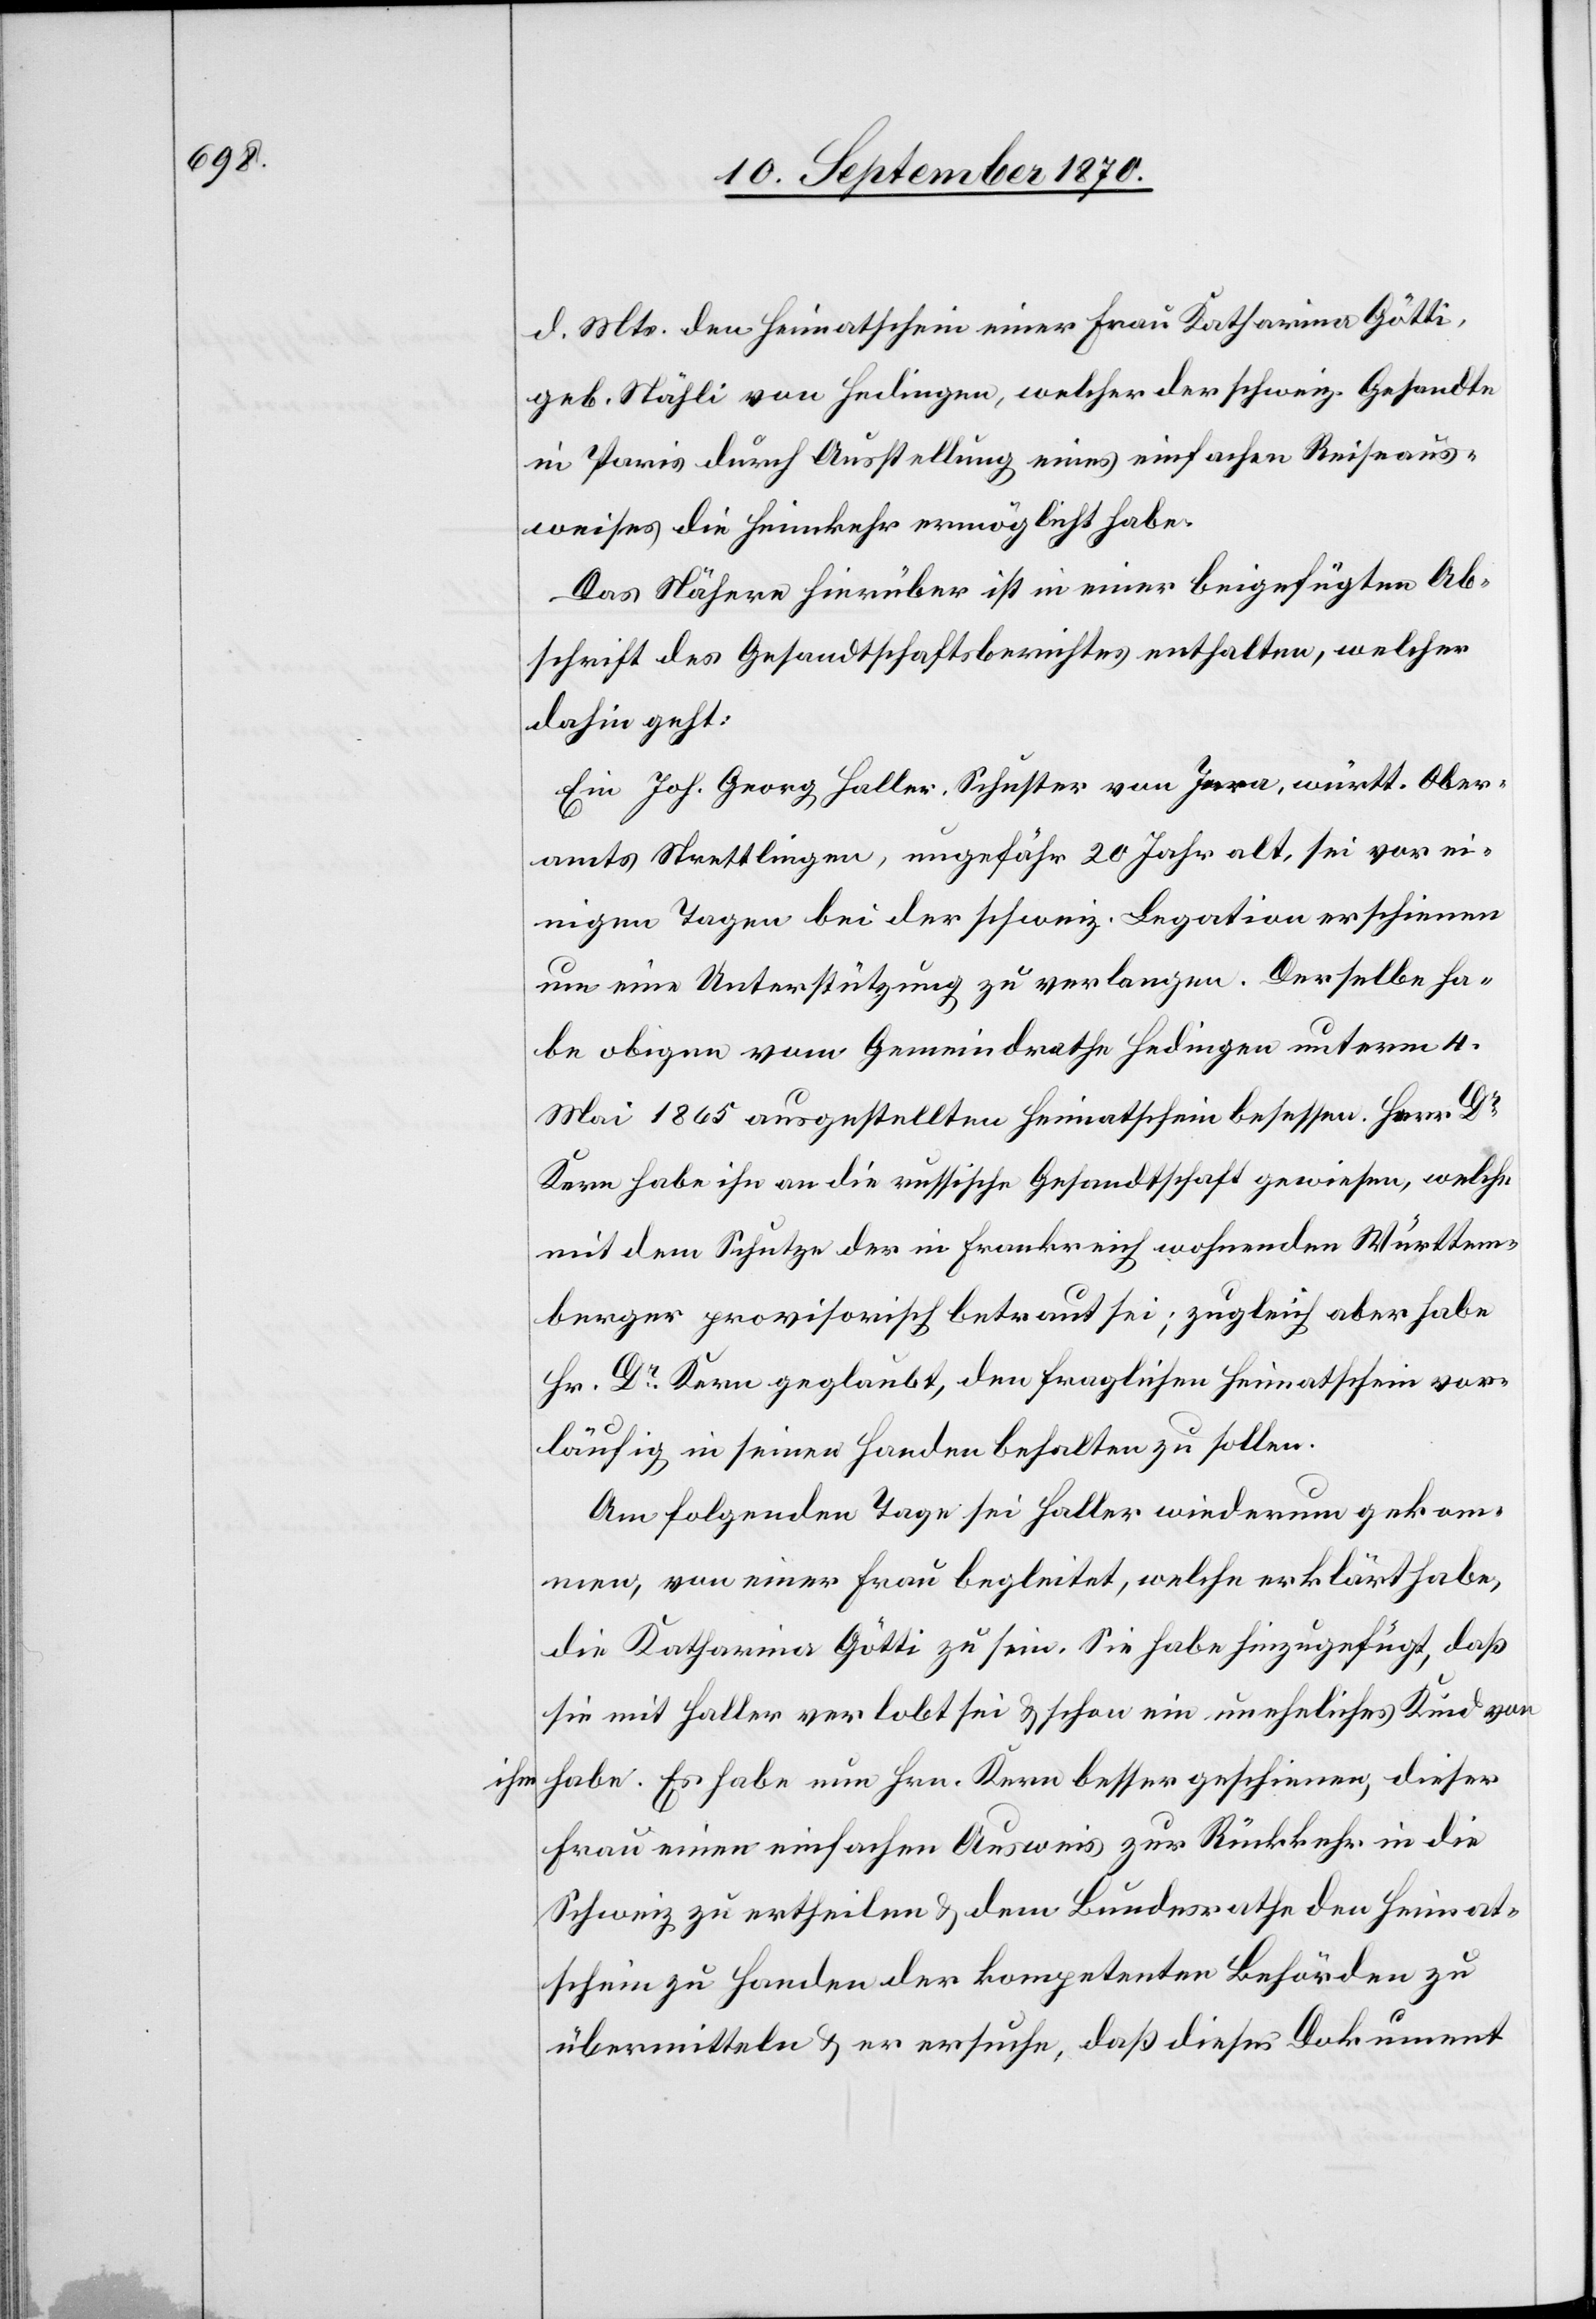
ihm

d. Mts. den Heimatschein einer Frau Katharina Götti,
geb. Stähli von Hedingen, welcher der schweiz. Gesandte
in Paris durch Ausstellung eines einfachen Reiseaus¬
weises die Heimkehr ermöglicht habe.
Das Nähere hierüber ist in einer beigefügten Ab¬
schrift des Gesandtschaftsberichtes enthalten, welcher
dahin geht:
Ein Joh. Georg Haller, Schuster von J[?er]a, württ. Ober¬
einigen Tagen bei der schweiz. Legation erschienen
um eine Unterstützung zu verlangen. Derselbe ha¬
be obigen vom Gemeindrathe Hedingen unterm 4.
Mai 1865 ausgestellten Heimatschein besessen. Herr Dr
Kern habe ihn an die russische Gesandtschaft gewiesen, welche
mit dem Schutze der in Frankreich wohnenden Württem¬
berger provisorisch betraut sei; zugleich aber habe
Hr. Dr Kern geglaubt, den fraglichen Heimatschein vor¬
läufig in seinen Handen behalten zu sollen.
Am folgenden Tage sei Haller wiederum gekom¬
men, von einer Frau begleitet, welche erklärt habe,
die Katharina Götti zu sein. Sie habe hinzugefügt, daß
sie mit Haller verlobt sei & schon ein uneheliches Kind von
habe. Es habe nun Hrn. Kern besser geschienen, dieser
Frau einen einfachen Ausweis zur Rückkehr in die
Schweiz zu ertheilen & dem Bundesrathe den Heimat¬
schein zu Handen der kompetenten Behörden zu
übermitteln & er ersuche, daß dieses Dokument